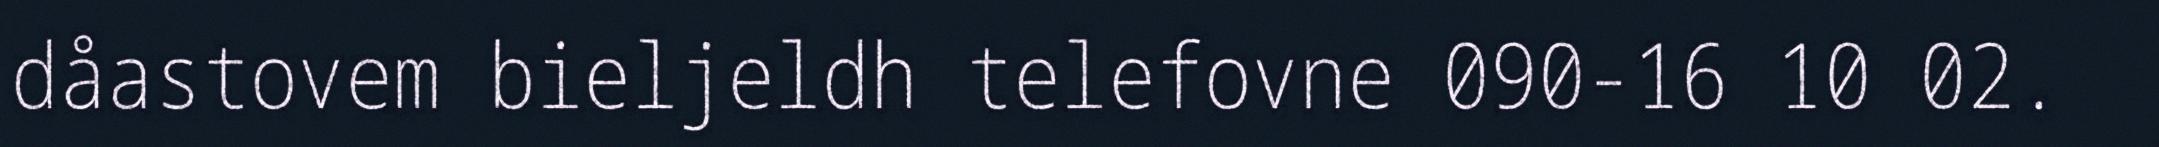
dåastovem bieljeldh telefovne 090-16 10 02.